Scottish Leaving Certificate Examination, 1957
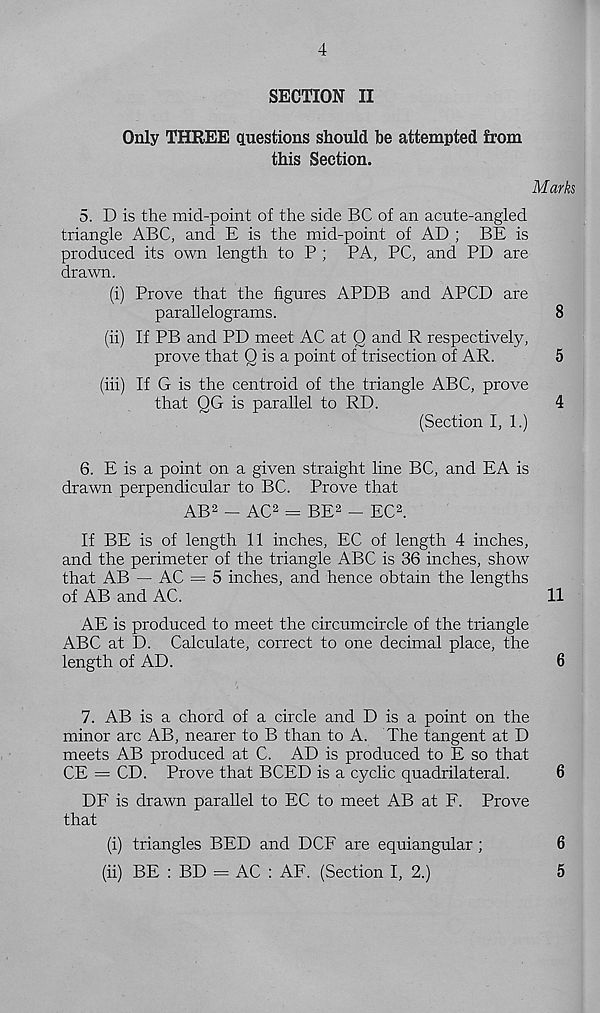
4
SECTION II
Only THREE questions should he attempted from
this Section.
Marks
5. D is the mid-point of the side BC of an acute-angled
triangle ABC, and E is the mid-point of AD ; BE is
produced its own length to P ; PA, PC, and PD are
drawn.
(i) Prove that the figures APDB and APCD are
parallelograms.
8
(ii) If PB and PD meet AC at 0 and R respectively,
prove that Q is a point of trisection of AR.
5
(iii) If G is the centroid of the triangle ABC, prove
that QG is parallel to RD.
4
(Section I, 1.)
6. E is a point on a given straight line BC, and EA is
drawn perpendicular to BC. Prove that
AB 2 - AC 2 = BE 2 - EC 2 .
If BE is of length 11 inches, EC of length 4 inches,
and the perimeter of the triangle ABC is 36 inches, show
that AB — AC = 5 inches, and hence obtain the lengths
of AB and AC.
11
AE is produced to meet the circumcircle of the triangle
ABC at D. Calculate, correct to one decimal place, the
length of AD.
6
7. AB is a chord of a circle and D is a point on the
minor arc AB, nearer to B than to A. The tangent at D
meets AB produced at C. AD is produced to E so that
CE = CD. Prove that BCED is a cyclic quadrilateral.
6
DF is drawn parallel to EC to meet AB at F. Prove
that
(i) triangles BED and DCF are equiangular;
6
(ii) BE : BD = AC : AF. (Section I, 2.)
5